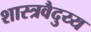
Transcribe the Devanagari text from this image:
शास्त्रवैदुय्य